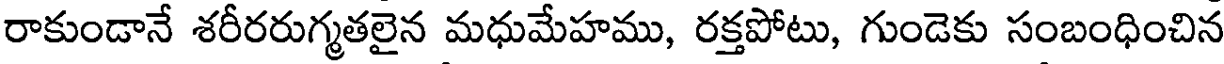
రాకుండానే శరీరరుగ్మతలైన మధుమేహము, రక్తపోటు, గుండెకు సంబంధించిన